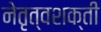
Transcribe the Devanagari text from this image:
नेतृत्वशक्ती